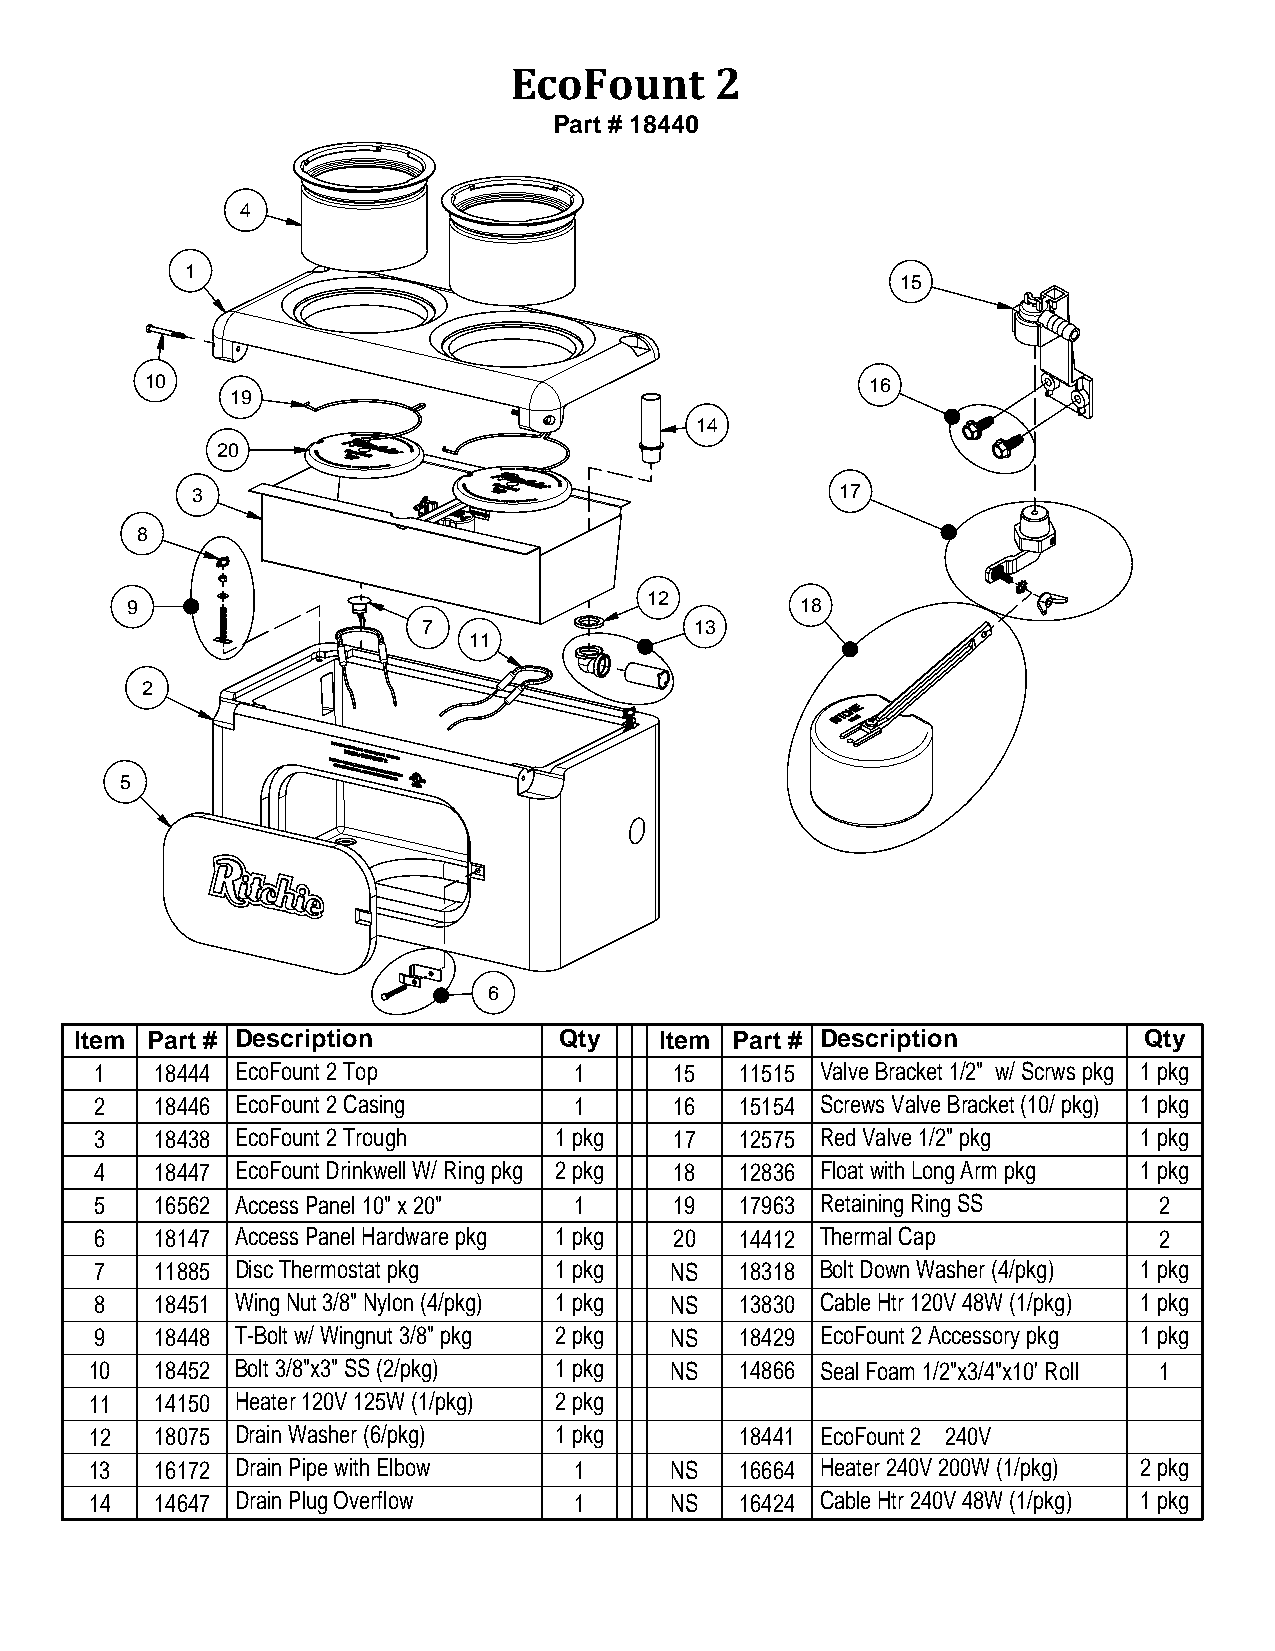
EcoFount     2
 Part # 18440
 4
 1
 15
 10                                              16
 19
 14
 20
 3                                          17
 8
 12
 9                                            18
 7                 13
 11
 2
 5
 6
 Item Part # Description         Qty    Item Part # Description         Qty
 1   18444 EcoFount 2 Top        1      15  11515 Valve Bracket 1/2" w/ Scrws pkg 1 pkg
 2   18446 EcoFount 2 Casing     1      16  15154 Screws Valve Bracket (10/ pkg) 1 pkg
 3   18438 EcoFount 2 Trough    1 pkg   17  12575 Red Valve 1/2" pkg  1 pkg
 4   18447 EcoFount Drinkwell W/ Ring pkg 2 pkg 18 12836 Float with Long Arm pkg 1 pkg
 5   16562 Access Panel 10" x 20" 1     19  17963 Retaining Ring SS     2
 6   18147 Access Panel Hardware pkg 1 pkg 20 14412 Thermal Cap         2
 7   11885 Disc Thermostat pkg  1 pkg  NS   18318 Bolt Down Washer (4/pkg) 1 pkg
 8   18451 Wing Nut 3/8" Nylon (4/pkg) 1 pkg NS 13830 Cable Htr 120V 48W (1/pkg) 1 pkg
 9   18448 T-Bolt w/ Wingnut 3/8" pkg 2 pkg NS 18429 EcoFount 2 Accessory pkg 1 pkg
 10  18452 Bolt 3/8"x3" SS (2/pkg) 1 pkg NS 14866 Seal Foam 1/2"x3/4"x10' Roll 1
 11  14150 Heater 120V 125W (1/pkg) 2 pkg
 12  18075 Drain Washer (6/pkg) 1 pkg       18441 EcoFount 2 240V
 13  16172 Drain Pipe with Elbow 1     NS   16664 Heater 240V 200W (1/pkg) 2 pkg
 14  14647 Drain Plug Overflow   1     NS   16424 Cable Htr 240V 48W (1/pkg) 1 pkg